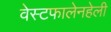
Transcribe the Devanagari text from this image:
वेस्टफालेनहेली